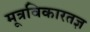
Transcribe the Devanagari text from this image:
मूत्रविकारतज्ञ